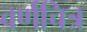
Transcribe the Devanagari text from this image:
वर्णचित्र